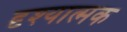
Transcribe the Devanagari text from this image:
दृश्‍यात्मक